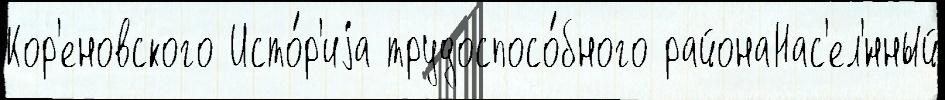
Кор'еновского Исто́р'иjа трудоспосо́бного районаНас'ел'́нный